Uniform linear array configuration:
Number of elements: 8
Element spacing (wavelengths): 0.75
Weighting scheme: hamming
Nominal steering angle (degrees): -30
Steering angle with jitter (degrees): -29.581
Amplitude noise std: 0.05
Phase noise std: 0.05

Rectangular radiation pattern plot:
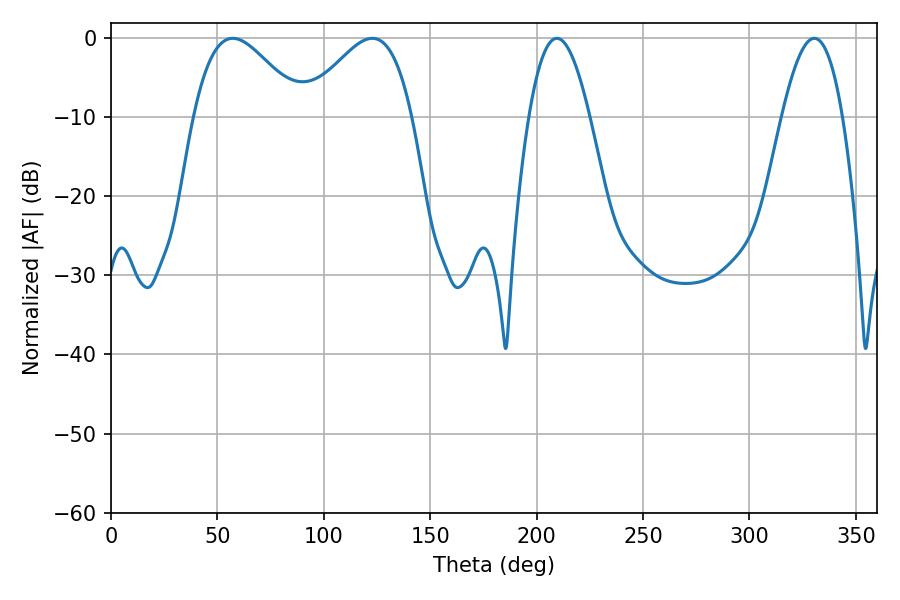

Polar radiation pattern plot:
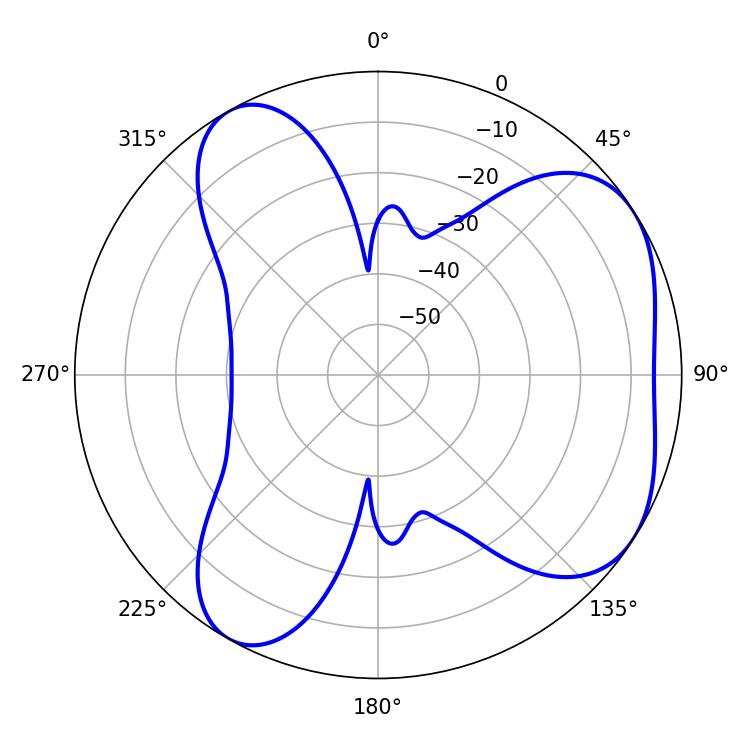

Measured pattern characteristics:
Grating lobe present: TRUE
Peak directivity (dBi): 5.157
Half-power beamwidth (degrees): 15.66
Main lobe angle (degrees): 209.52